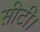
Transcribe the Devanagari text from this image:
सीटी।